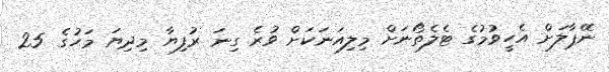
ނޭޕާލަށް އެހީވުމުގެ ޓެލެތޯނަށް މިލިއަނަކަށް ވުރެ ގިނަ ރުފިޔާ މިދިޔަ މަހުގެ 25